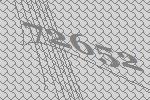
72652